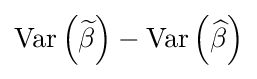
\operatorname {Var} \left({\widetilde {\beta }}\right)-\operatorname {Var} \left({\widehat {\beta }}\right)